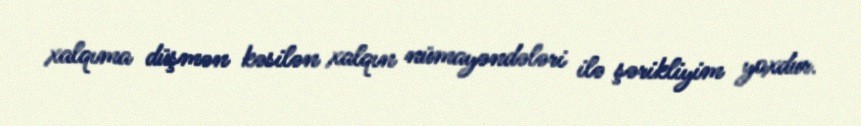
xalqıma düşmən kəsilən xalqın nümayəndələri ilə şərikliyim yoxdur.